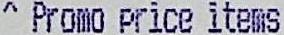
^ PROMO PRICE ITEMS